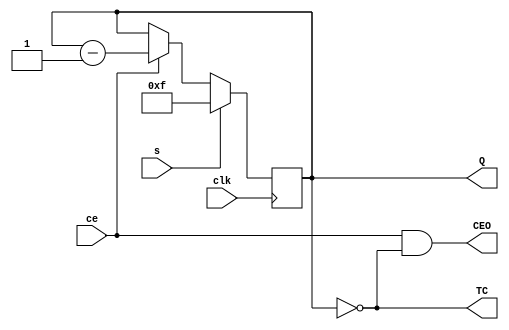
`timescale 1ns / 1ps
//////////////////////////////////////////////////////////////////////////////////
// Company: 
// Engineer: 
// 
// Design Name: 
// Module Name:    VCB4SED 
// Project Name: 
// Target Devices: 
// Tool versions: 
// Description: 
//
// Dependencies: 
//
// Revision: 
// Revision 0.01 - File Created
// Additional Comments: 
//
//////////////////////////////////////////////////////////////////////////////////
module VCB4SED(
    input ce,
    input clk,
    input s,
    output reg [3:0] Q = 0,
    output wire TC,
    output wire CEO
    );
assign TC = (Q == 0);
assign CEO = ce & TC;
always @ (posedge clk) begin
Q <= s? ((1<<4) - 1):ce?Q-1:Q;
end
endmodule